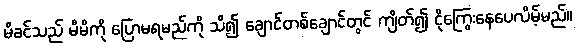
မိခင်သည် မိမိကို ပြောမရမည်ကို သိ၍ ချောင်တစ်ချောင်တွင် ကျိတ်၍ ငိုကြွေးနေပေလိမ့်မည်။